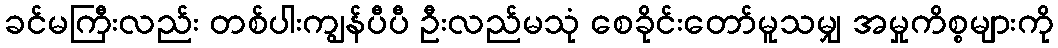
ခင်မကြီးလည်း တစ်ပါးကျွန်ပီပီ ဦးလည်မသုံ စေခိုင်းတော်မူသမျှ အမှုကိစ္စများကို